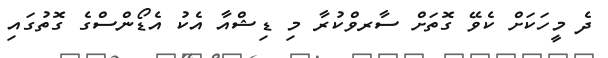
ދެ މީހަކަށް ކެވޭ ގޮތަށް ސާރވްކުރާ މި ޑިޝްއާ އެކު އެޑޯންސްގެ ގޮތުގައި